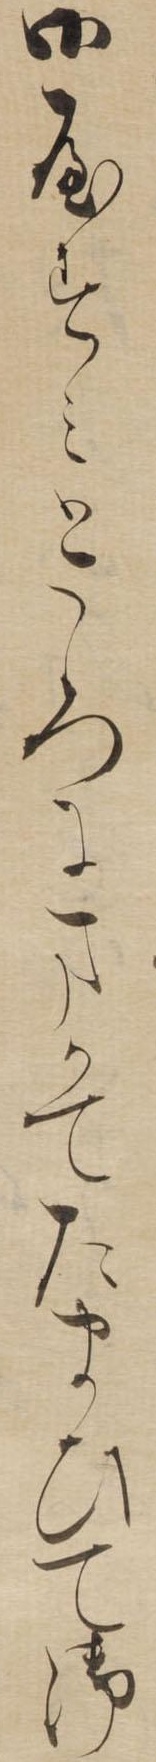
御やすみところにまかてたまひて御